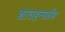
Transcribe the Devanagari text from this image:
शाउइन्सलैंड